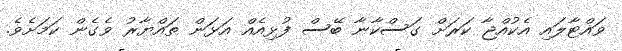
ވައްޓާލައި އެކުއްޖާ ކަރަށް ގަސްކާނާ ބޭސް ފުޅިއެއް އަޅަން ތައްޔާރު ވެގެން ކަމަށެވެ.